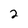
Character: 2